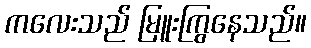
ကလေးသည် မြူးကြွနေသည်။